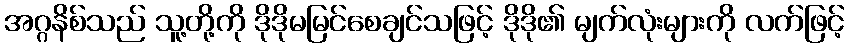
အဂ္ဂနိစ်သည် သူ့တို့ကို ဒိုဒိုမမြင်စေချင်သဖြင့် ဒိုဒို၏ မျက်လုံးများကို လက်ဖြင့်